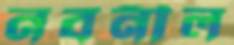
নবনীল